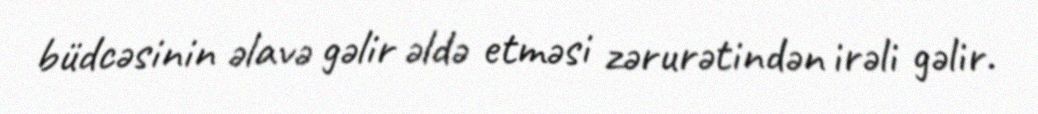
büdcəsinin əlavə gəlir əldə etməsi zərurətindən irəli gəlir.